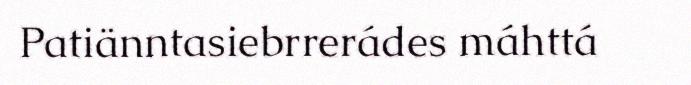
Patiänntasiebrrerádes máhttá